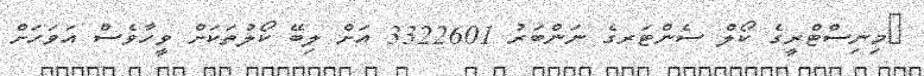
މިނިސްޓްރީގެ ކޯލް ސެންޓަރގެ ނަންބަރު 3322601 އަށް ލިބޭ ކޯލުތަކަށް ވީހާވެސް އަވަހަށް